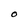
Character: O